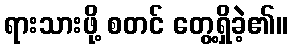
ရားသားဖို့ စတင် တွေ့ရှိခဲ့၏။